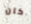
كان